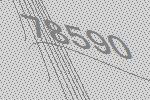
78590